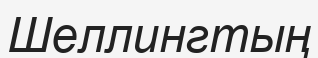
Шеллингтың